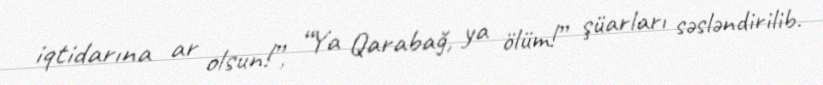
iqtidarına ar olsun!”, “Ya Qarabağ, ya ölüm!” şüarları səsləndirilib.